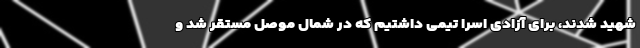
شهید شدند، برای آزادی اسرا تیمی داشتیم که در شمال موصل مستقر شد و